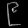
Digit: ၉